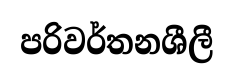
පරිවර්තනශීලී